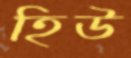
হিউ